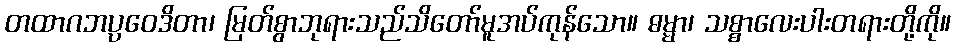
တထာဂဘပ္ပဝေဒိတာ၊ မြတ်စွာဘုရားသည်သိတော်မူအပ်ကုန်သော။ ဓမ္မာ၊ သစ္စာလေးပါးတရားတို့ကို။